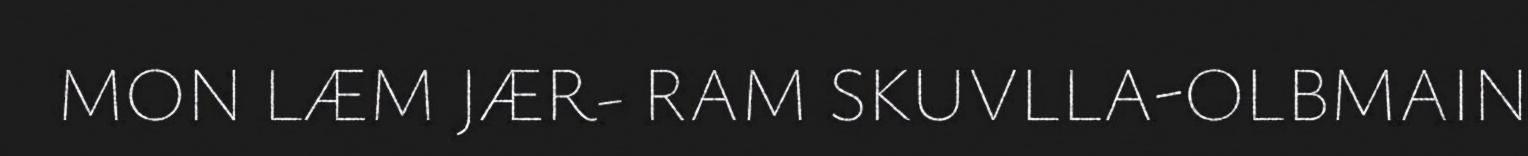
MON LÆM JÆR- RAM SKUVLLA-OLBMAIN